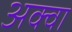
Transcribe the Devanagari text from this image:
अक्वा